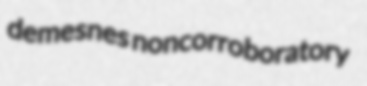
demesnes noncorroboratory